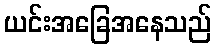
ယင်းအခြေအနေသည်